Lunatic asylums Punjab 1881-1894 - 1881-1894
Year: 1881
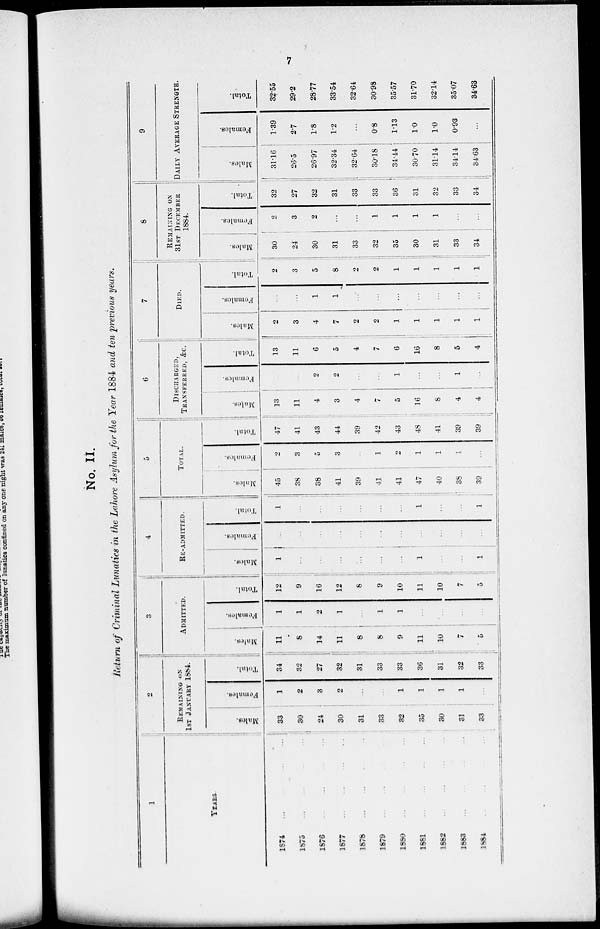
7
No. II.
Return of Criminal Lunatics in the Lahore Asylum for the Year 1884 and ten previous years.
1
YEARS.
1874
...
...
...
...
1875 ... ... ... ...
1876 ... ... ... ...
1877
...
...
...
...
1878 ... ... ... ...
1879 ... ... ... ...
1880 ... ... ... ...
1881 ... ... ... ...
1882 ... ... ... ...
1883 ... ... ... ...
1884 ... ... ... ...
2
REMAINING ON
1ST JANUARY 1884.
Males.
33
30
24
30
31
33
32
35
30
31
33
Females.
1
2
3
2
...
...
1
1
1
1
...
Total.
34
32
27
32
31
33
33
36
31
32
33
3
ADMITTED.
Males.
1 1
8
14
1 1
8
8
9
11
10
7
5
Females.
1
1
2
1
...
1
1
...
...
...
...
Total.
12
9
16
12
8
9
10
11
10
7
5
4
RE-ADMITTED.
Males.
1
...
...
...
...
...
...
1
...
...
1
Females.
...
...
...
...
...
...
...
...
...
...
...
Total.
1
...
...
...
...
...
...
1
...
...
1
5
TOTAL.
Males.
45
38
38
41
39
41
41
47
40
38
39
Females.
2
3
5
3
...
1
2
1
1
1
...
Total.
47
41
43
44
39
42
43
48
41
39
39
6
DISCHARGED.
TRANSFERRED, &c.
Males.
13
11
4
3
4
7
5
16
8
4
4
Females.
...
...
2
2
...
...
1
...
...
1
...
Total.
13
11
6
5
4
7
6
16
8
5
4
7
DIED.
Males.
2
3
4
7
2
2
1
1
1
1
1
Females.
...
...
1
1
...
...
...
...
...
...
...
Total.
2
3
5
8
2
2
1
1
1
1
1
8
REMAINING ON
31ST DECEMBER
1884.
Males.
30
24
30
31
33
32
35
30
31
33
34
Females.
2
3
2
...
...
1
1
1
1
...
...
Total.
32
27
32
31
33
33
36
31
32
33
34
9
DAILY AVERAGE STRENGTH.
Males.
31.16
26.5
26.97
32.34
32.64
30.18
34.44
30.70
31.14
34.14
34.63
Females.
1.39
2.7
1.8
1.2
...
0.8
1.13
1.0
1.0
0.93
...
Total.
32.55
29.2
28.77
33.54
32.64
30.98
35.57
31.70
32.14
35.07
34.63